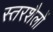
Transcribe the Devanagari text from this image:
स्तरशैलों